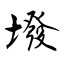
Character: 墢